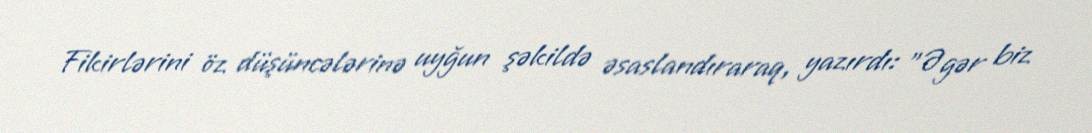
Fikirlərini öz düşüncələrinə uyğun şəkildə əsaslandıraraq, yazırdı: "Əgər biz